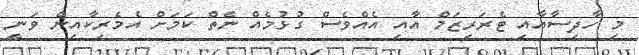
މި ހާދިސާއާއި ޓެރަރިޒަމް އާއި އެއްވެސް ގުޅުމެއް ނެތް ކަމަށް އެމެރިކާއިން ވަނީ